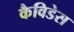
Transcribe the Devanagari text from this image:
कैविडेस